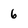
Character: 6